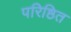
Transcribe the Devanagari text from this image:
परिष्ठित